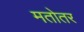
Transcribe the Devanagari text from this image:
मतोतर